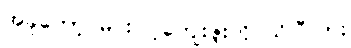
အခုတော့ မင်း ငါ့ကျေးဇူးကို သိပြီလား